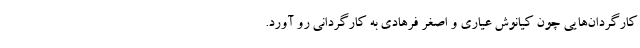
کارگردان‌هایی چون کیانوش عیاری و اصغر فرهادی به کارگردانی رو آورد.